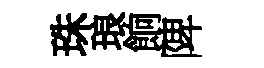
珠琅餉陴